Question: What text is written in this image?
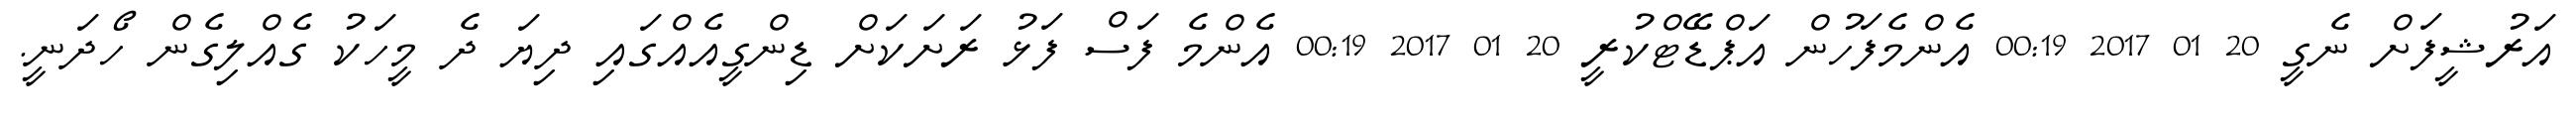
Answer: އަރުޝީފަށް ނެގީ 20 01 2017 00:19 އެންމެފަހުން އަޕްޑޭޓްކުރީ 20 01 2017 00:19 އެންމެ ފަސް ފަޅު ރަށަކަށް ޑިންގީއެއްގައި ދިޔަ ދެ މީހަކު ގެއްލިގެން ހޯދަނީ.